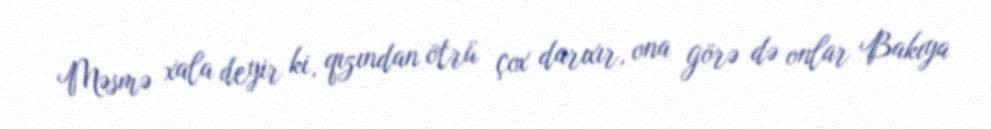
Məsmə xala deyir ki, qızından ötrü çox darıxır, ona görə də onlar Bakıya